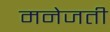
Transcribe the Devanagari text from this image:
मनेजती